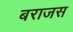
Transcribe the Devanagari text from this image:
बराजस